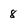
Character: 8